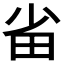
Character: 𭻂